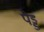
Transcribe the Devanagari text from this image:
पेड्ड